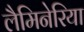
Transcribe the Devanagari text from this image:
लैमिनेरिया